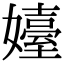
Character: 嬯